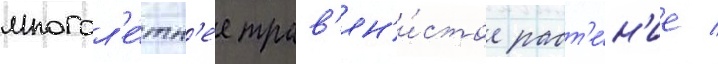
многол'е́тн'ее трав'ян'и́стое раст'е́н'ие /